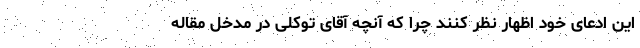
این ادعای خود اظهار نظر کنند چرا که آنچه آقای توکلی در مدخل مقاله